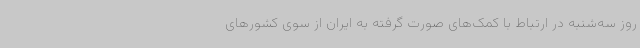
روز سه‌شنبه در ارتباط با کمک‌های صورت گرفته به ایران از سوی کشورهای